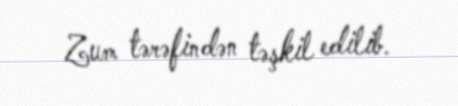
Zum tərəfindən təşkil edilib.